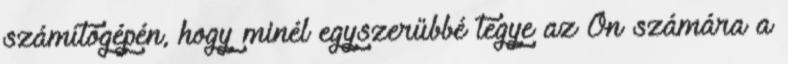
számítógépén, hogy minél egyszerűbbé tegye az Ön számára a